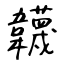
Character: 韤